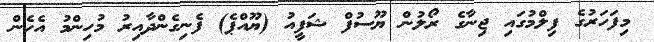
މިފަހަރުގެ ފިލްމުގައި ޖިނާގެ ރޯލުން ޔޫސުފް ޝަފީއު (ޔޫއްޕެ) ފެނިގެންދާއިރު މުހިންމު އެހެން